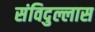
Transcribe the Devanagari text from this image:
संविदुल्लास